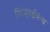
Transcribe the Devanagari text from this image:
गिर्‍हाईकच